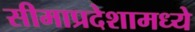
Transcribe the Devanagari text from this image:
सीमाप्रदेशामध्ये